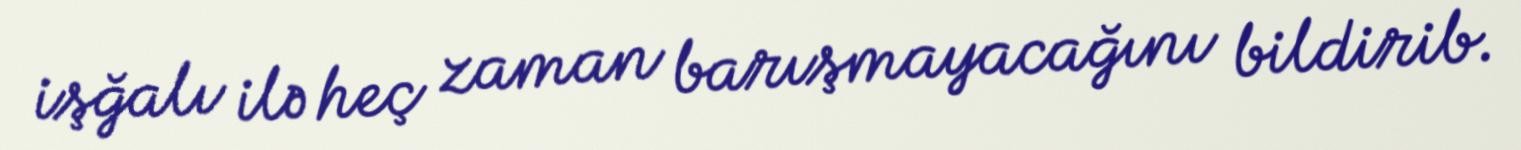
işğalı ilə heç zaman barışmayacağını bildirib.